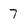
Character: 7